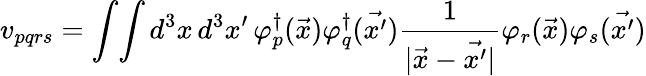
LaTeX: {v}_{pqrs}=\int\! \int d^{3}x\, d^{3}{x^{\prime}}\, {\varphi}_{p}^{\dagger}(\vec{x}){\varphi}_{q}^{\dagger}(\vec{x^{\prime}})\frac{1}{\vert\vec{x}-\vec{x^{\prime}}\vert}{\varphi}_{r}(\vec{x}){\varphi}_{s}(\vec{x^{\prime}})